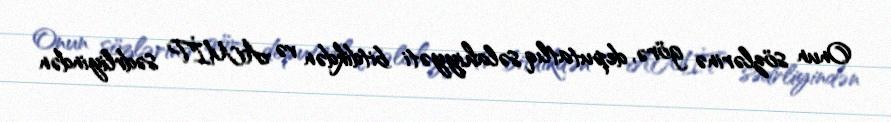
Onun sözlərinə görə, deputatlıq səlahiyyəti bitdikdən və AMİP sədrliyindən